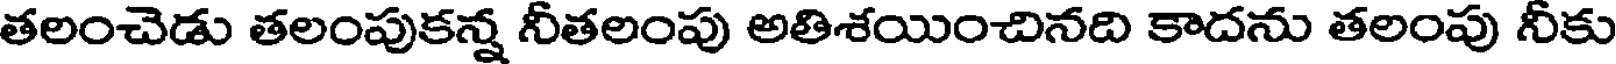
తలంచెడు తలంపుకన్న నీతలంపు అతిశయించినది కాదను తలంపు నీకు